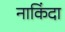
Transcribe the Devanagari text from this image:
नाकिंदा